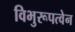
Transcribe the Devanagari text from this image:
विभुरूपत्वेन